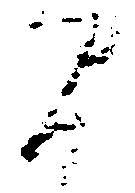
間